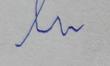
Signature authenticity: forged